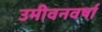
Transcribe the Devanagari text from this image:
उमीवनवर्षा